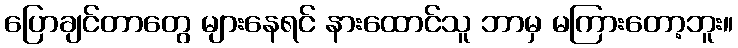
ပြောချင်တာတွေ များနေရင် နားထောင်သူ ဘာမှ မကြားတော့ဘူး။